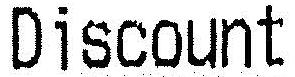
DISCOUNT